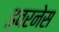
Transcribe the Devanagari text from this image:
इवरनेस